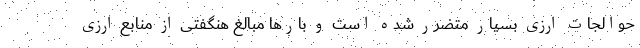
حوالجات ارزی بسیار متضرر شده است و بارها مبالغ هنگفتی از منابع ارزی